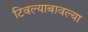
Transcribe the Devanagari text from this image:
टिवल्याबावल्या